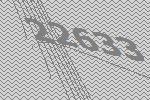
22633